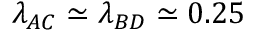
\lambda _ { A C } \simeq \lambda _ { B D } \simeq 0 . 2 5